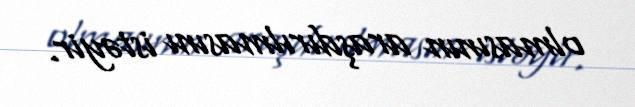
olmasının araşdırılmasını istəyir.